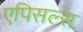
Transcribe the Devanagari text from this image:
एपिसल्स